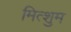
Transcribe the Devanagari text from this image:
मित्शुम